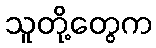
သူတို့တွေက